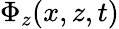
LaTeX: \Phi_{z}(x,z,t)